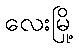
လေးမြို့